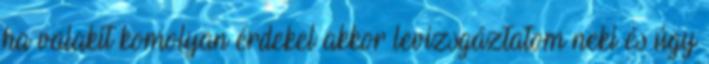
ha valakit komolyan érdekel akkor levizsgáztatom neki és úgy